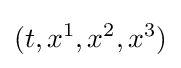
(t,x^{1},x^{2},x^{3})